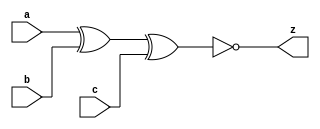
//#############################################################################
//# Function: 3-Input Exclusive-Nor Gate                                      #
//# Copyright: OH Project Authors. ALl rights Reserved.                       #
//# License:  MIT (see LICENSE file in OH repository)                         #
//#############################################################################

module asic_xnor3 #(parameter PROP = "DEFAULT")   (
    input  a,
    input  b,
    input  c,
    output z
    );

   assign z =  ~(a ^ b ^ c);

endmodule